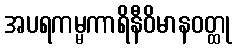
အပရကမ္မကာရိနီဝိမာနဝတ္ထု